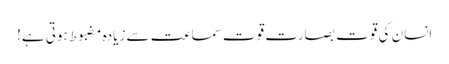
﻿ انسان کی قوتِ بصارت قوتِ سماعت سے زیادہ مضبوط ہوتی ہے!